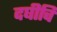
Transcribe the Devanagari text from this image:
दघीचि